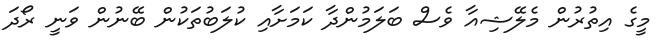
މީގެ އިތުރުން މެލޭޝިއާ ވެސް ބަލަމުންދާ ކަމަށާއި ކުލަބުތަކުން ބޭނުން ވަނީ ރޯދަ